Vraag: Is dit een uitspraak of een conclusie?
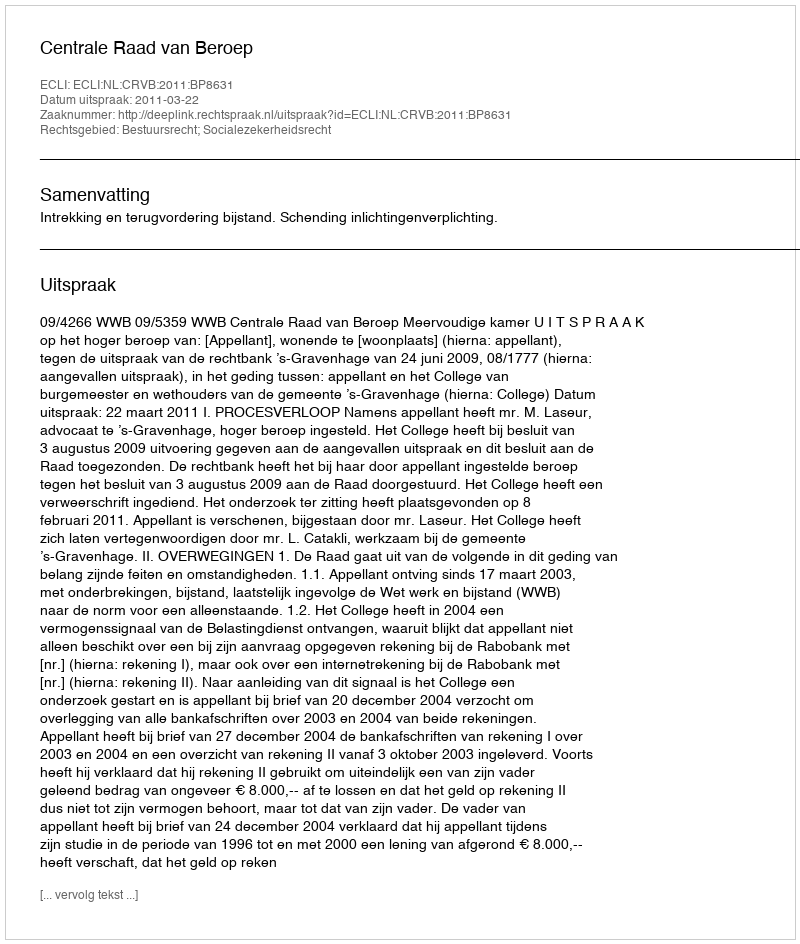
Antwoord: Uitspraak